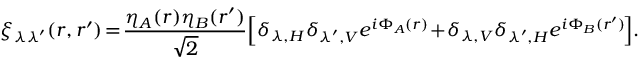
\! \! \xi _ { \lambda \lambda ^ { \prime } } ( \boldsymbol { r } , \boldsymbol { r } ^ { \prime } ) \! = \! \frac { \eta _ { A } ( \boldsymbol { r } ) \eta _ { B } ( \boldsymbol { r } ^ { \prime } ) } { \sqrt { 2 } } \! \left[ \delta _ { \lambda , H } \delta _ { \lambda ^ { \prime } , V } e ^ { i \Phi _ { A } ( \boldsymbol { r } ) } \! + \! \delta _ { \lambda , V } \delta _ { \lambda ^ { \prime } , H } e ^ { i \Phi _ { B } ( \boldsymbol { r } ^ { \prime } ) } \! \right] \! .